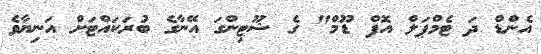
އެންޑް ދަ ޓެމްޕަލް އޮފް ޑޫމް" ގެ ޝޫޓިންގަ އޭނާގެ ބުރަކައްޓަށް އަނިޔާވެ